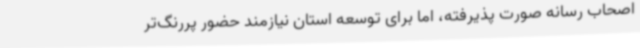
اصحاب رسانه صورت پذیرفته، اما برای توسعه استان نیازمند حضور پررنگ‌تر